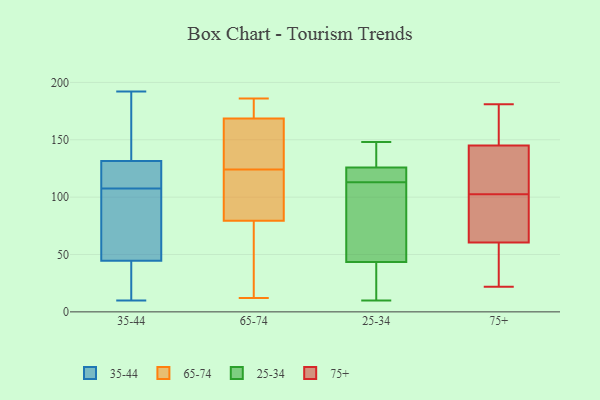
{"axis": {"x": "Energy Usage (MWh)", "y": "Value"}, "legend": ["25-34", "35-44", "65-74", "75+"], "data": [{"x": "", "y": 120, "type": "35-44"}, {"x": "", "y": 131, "type": "35-44"}, {"x": "", "y": 109, "type": "35-44"}, {"x": "", "y": 127, "type": "35-44"}, {"x": "", "y": 48, "type": "35-44"}, {"x": "", "y": 147, "type": "35-44"}, {"x": "", "y": 132, "type": "35-44"}, {"x": "", "y": 106, "type": "35-44"}, {"x": "", "y": 103, "type": "35-44"}, {"x": "", "y": 160, "type": "35-44"}, {"x": "", "y": 187, "type": "35-44"}, {"x": "", "y": 10, "type": "35-44"}, {"x": "", "y": 41, "type": "35-44"}, {"x": "", "y": 117, "type": "35-44"}, {"x": "", "y": 88, "type": "35-44"}, {"x": "", "y": 103, "type": "35-44"}, {"x": "", "y": 21, "type": "35-44"}, {"x": "", "y": 192, "type": "35-44"}, {"x": "", "y": 11, "type": "35-44"}, {"x": "", "y": 39, "type": "35-44"}, {"x": "", "y": 37, "type": "65-74"}, {"x": "", "y": 41, "type": "65-74"}, {"x": "", "y": 12, "type": "65-74"}, {"x": "", "y": 105, "type": "65-74"}, {"x": "", "y": 76, "type": "65-74"}, {"x": "", "y": 147, "type": "65-74"}, {"x": "", "y": 166, "type": "65-74"}, {"x": "", "y": 180, "type": "65-74"}, {"x": "", "y": 91, "type": "65-74"}, {"x": "", "y": 141, "type": "65-74"}, {"x": "", "y": 171, "type": "65-74"}, {"x": "", "y": 177, "type": "65-74"}, {"x": "", "y": 186, "type": "65-74"}, {"x": "", "y": 156, "type": "65-74"}, {"x": "", "y": 83, "type": "65-74"}, {"x": "", "y": 107, "type": "65-74"}, {"x": "", "y": 119, "type": "25-34"}, {"x": "", "y": 34, "type": "25-34"}, {"x": "", "y": 10, "type": "25-34"}, {"x": "", "y": 116, "type": "25-34"}, {"x": "", "y": 113, "type": "25-34"}, {"x": "", "y": 148, "type": "25-34"}, {"x": "", "y": 72, "type": "25-34"}, {"x": "", "y": 34, "type": "25-34"}, {"x": "", "y": 96, "type": "25-34"}, {"x": "", "y": 130, "type": "25-34"}, {"x": "", "y": 128, "type": "25-34"}, {"x": "", "y": 181, "type": "75+"}, {"x": "", "y": 68, "type": "75+"}, {"x": "", "y": 53, "type": "75+"}, {"x": "", "y": 92, "type": "75+"}, {"x": "", "y": 113, "type": "75+"}, {"x": "", "y": 159, "type": "75+"}, {"x": "", "y": 26, "type": "75+"}, {"x": "", "y": 81, "type": "75+"}, {"x": "", "y": 131, "type": "75+"}, {"x": "", "y": 160, "type": "75+"}, {"x": "", "y": 22, "type": "75+"}, {"x": "", "y": 128, "type": "75+"}]}